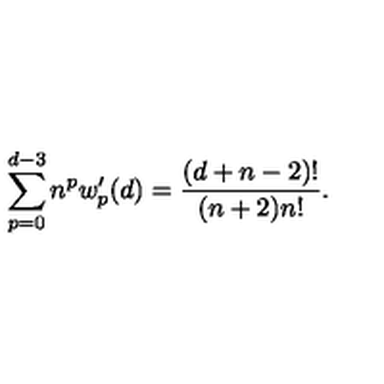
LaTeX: \sum _ { p = 0 } ^ { d - 3 } n ^ { p } w _ { p } ^ { \prime } ( d ) = { \frac { ( d + n - 2 ) ! } { ( n + 2 ) n ! } } .